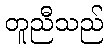
တူညီသည်